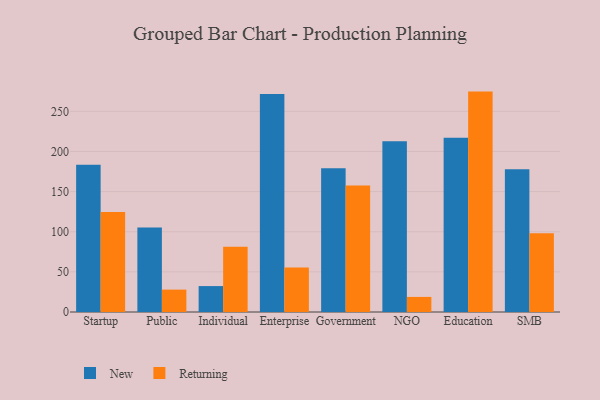
{"axis": {"x": "Segment", "y": "Revenue (USD Million)"}, "legend": ["New", "Returning"], "data": [{"x": "Startup", "y": 183.5, "type": "New"}, {"x": "Startup", "y": 124.5, "type": "Returning"}, {"x": "Public", "y": 105.2, "type": "New"}, {"x": "Public", "y": 27.9, "type": "Returning"}, {"x": "Individual", "y": 32.3, "type": "New"}, {"x": "Individual", "y": 81.2, "type": "Returning"}, {"x": "Enterprise", "y": 271.5, "type": "New"}, {"x": "Enterprise", "y": 55.4, "type": "Returning"}, {"x": "Government", "y": 179.0, "type": "New"}, {"x": "Government", "y": 157.7, "type": "Returning"}, {"x": "NGO", "y": 212.7, "type": "New"}, {"x": "NGO", "y": 18.8, "type": "Returning"}, {"x": "Education", "y": 217.0, "type": "New"}, {"x": "Education", "y": 274.6, "type": "Returning"}, {"x": "SMB", "y": 177.7, "type": "New"}, {"x": "SMB", "y": 98.2, "type": "Returning"}]}